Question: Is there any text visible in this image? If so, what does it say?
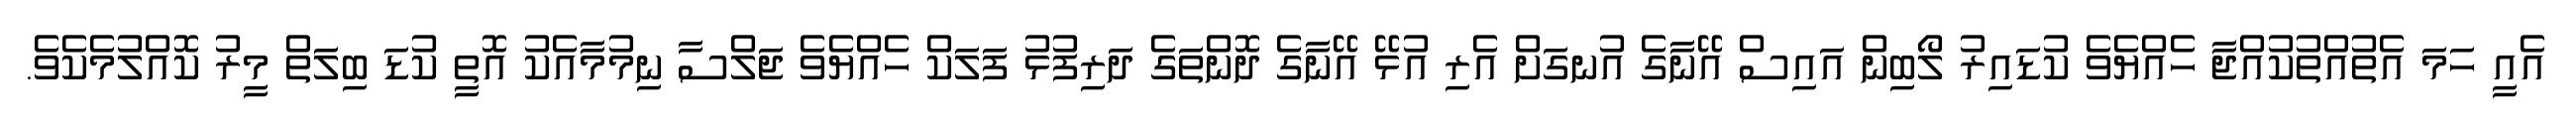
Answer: އެއީ ހަމަ އެތުއްތުކުއްޖާ ހެއްޔެވެ ކުޑައިރު ލޯބިން އައިސް އޭނާގެ އުނގަށް އެރި އުޅޭ އޭނާގެ ދޮންތަގެ ދަރިފުޅު ފަލަކް ހެއްޔެވެ ޖަލްސާ ނިމުމާއެކު އޮތީ ކުޑަ ބިލަތް މީރު ކޮއްލުމެކެވެ.